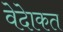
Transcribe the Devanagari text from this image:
वेदेाकत